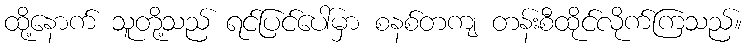
ထို့နောက် သူတို့သည် ရင်ပြင်ပေါ်မှာ စနစ်တကျ တန်းစီထိုင်လိုက်ကြသည်။